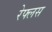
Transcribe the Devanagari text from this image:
रेफ्लस